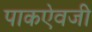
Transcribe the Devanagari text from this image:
पाकऐवजी